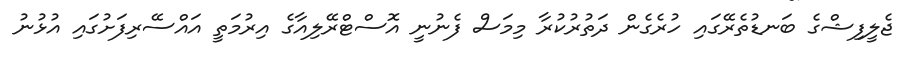
ޖެލީފިޝްގެ ބަނޑުތެރޭގައި ހުރެގެން ދަތުރުކުރާ މިމަސް ފެނުނީ އޮސްޓްރޭލިއާގެ އިރުމަތީ އައްސޭރިފަށުގައި އުޅުނު